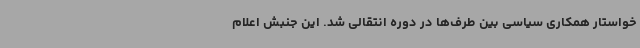
خواستار همکاری سیاسی بین طرف‌ها در دوره انتقالی شد. این جنبش اعلام